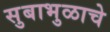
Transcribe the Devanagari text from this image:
सुबाभुळाचे